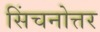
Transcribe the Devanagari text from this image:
सिंचनोत्तर